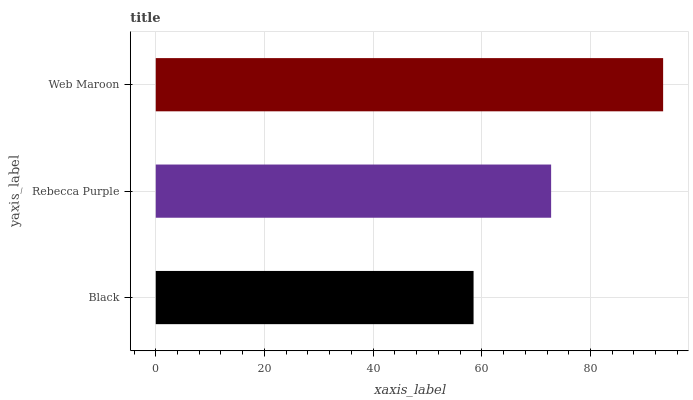
| yaxis_label | bars |
 | --- | --- |
 | Black | 58.5 |
 | Rebecca Purple | 72.8 |
 | Web Maroon | 93.4 |